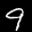
Label: 9